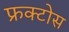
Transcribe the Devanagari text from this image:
फ्रक्टोस